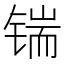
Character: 𰾜